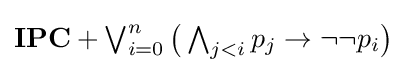
\textstyle \mathbf {IPC} +\bigvee _{i=0}^{n}{\bigl (}\bigwedge _{j<i}p_{j}\to \neg \neg p_{i}{\bigr )}